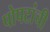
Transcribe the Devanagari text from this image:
पोपटांची